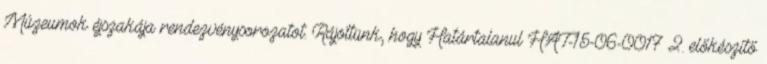
Múzeumok éjszakája rendezvénysorozatot. Rájöttünk, hogy Határtalanul HAT-15-06-0017 2. előkészítő